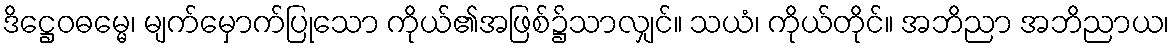
ဒိဋ္ဌေဝဓမ္မေ၊ မျက်မှောက်ပြုသော ကိုယ်၏အဖြစ်၌သာလျှင်။ သယံ၊ ကိုယ်တိုင်။ အဘိညာ အဘိညာယ၊